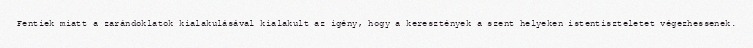
Fentiek miatt a zarándoklatok kialakulásával kialakult az igény, hogy a keresztények a szent helyeken istentiszteletet végezhessenek.